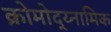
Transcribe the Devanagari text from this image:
क्रोमोद्य्नामिक